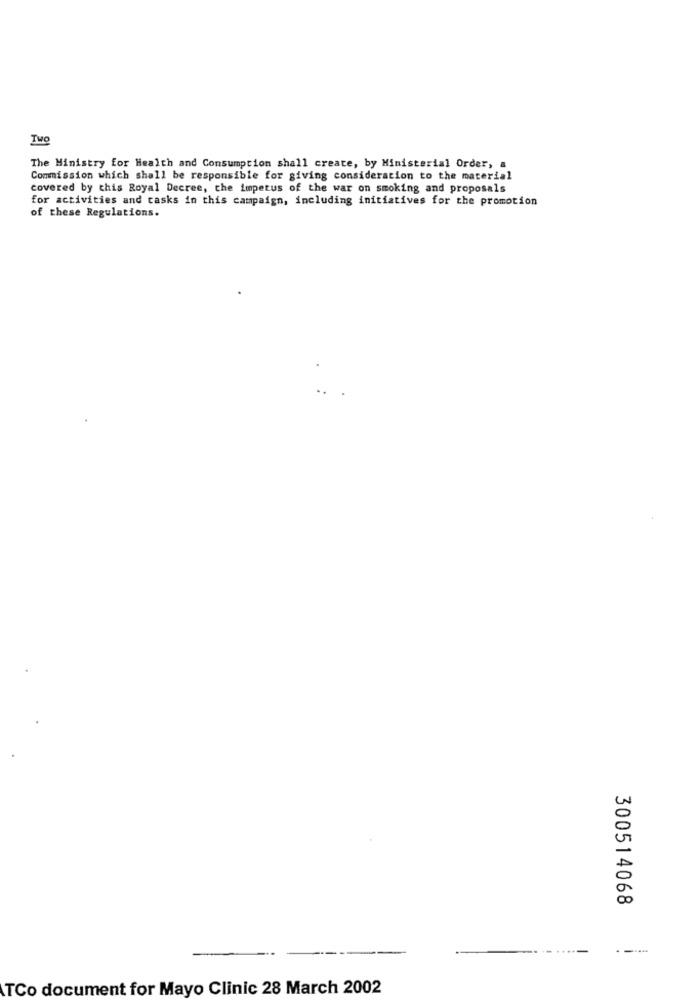
The Ministry for Health and Consumption shall create, by Ministerial Order, a
Commission which shall be responsible for giving consideration to the material
covered by this Royal Decree, the impetus of the war on smoking and proposals
for activities and tasks in this campaign, including initiatives for the promotion
of these Regulations.
300514068
---
TCo document for Mayo Clinic 28 March 2002